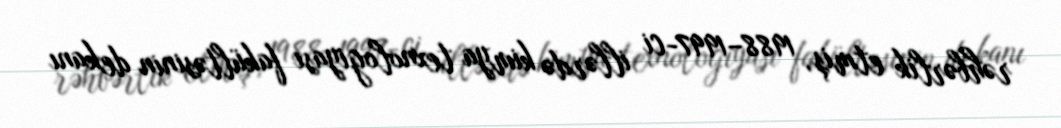
rəhbərlik etmiş, 1988–1997-ci illərdə kimya texnologiyası fakültəsinin dekanı